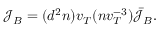
\mathcal { J } _ { B } = ( d ^ { 2 } n ) v _ { T } ( n v _ { T } ^ { - 3 } ) \bar { \mathcal { J } } _ { B } .